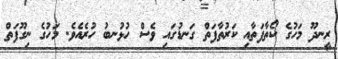
ރީނދޫ މަހުގެ ކޯތާފަތާއި ކަރުތާފަތް ގަނޑުގައި ވެސް ހުޅުނބު ހުރެއެވެ. މަހުގެ ނިގޫފަތް